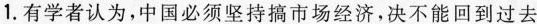
1.有学者认为，中国必须坚持搞市场经济，决不能回到过去